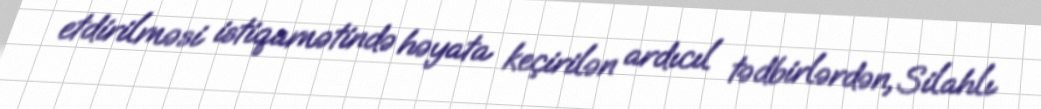
etdirilməsi istiqamətində həyata keçirilən ardıcıl tədbirlərdən, Silahlı